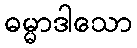
ဓမ္မာဒါသော